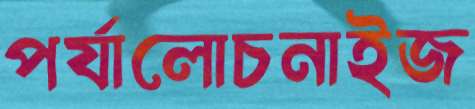
পর্যালোচনাইজ